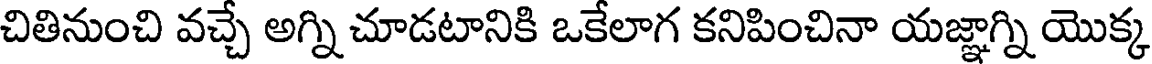
చితినుంచి వచ్చే అగ్ని చూడటానికి ఒకేలాగ కనిపించినా యజ్ఞాగ్ని యొక్క